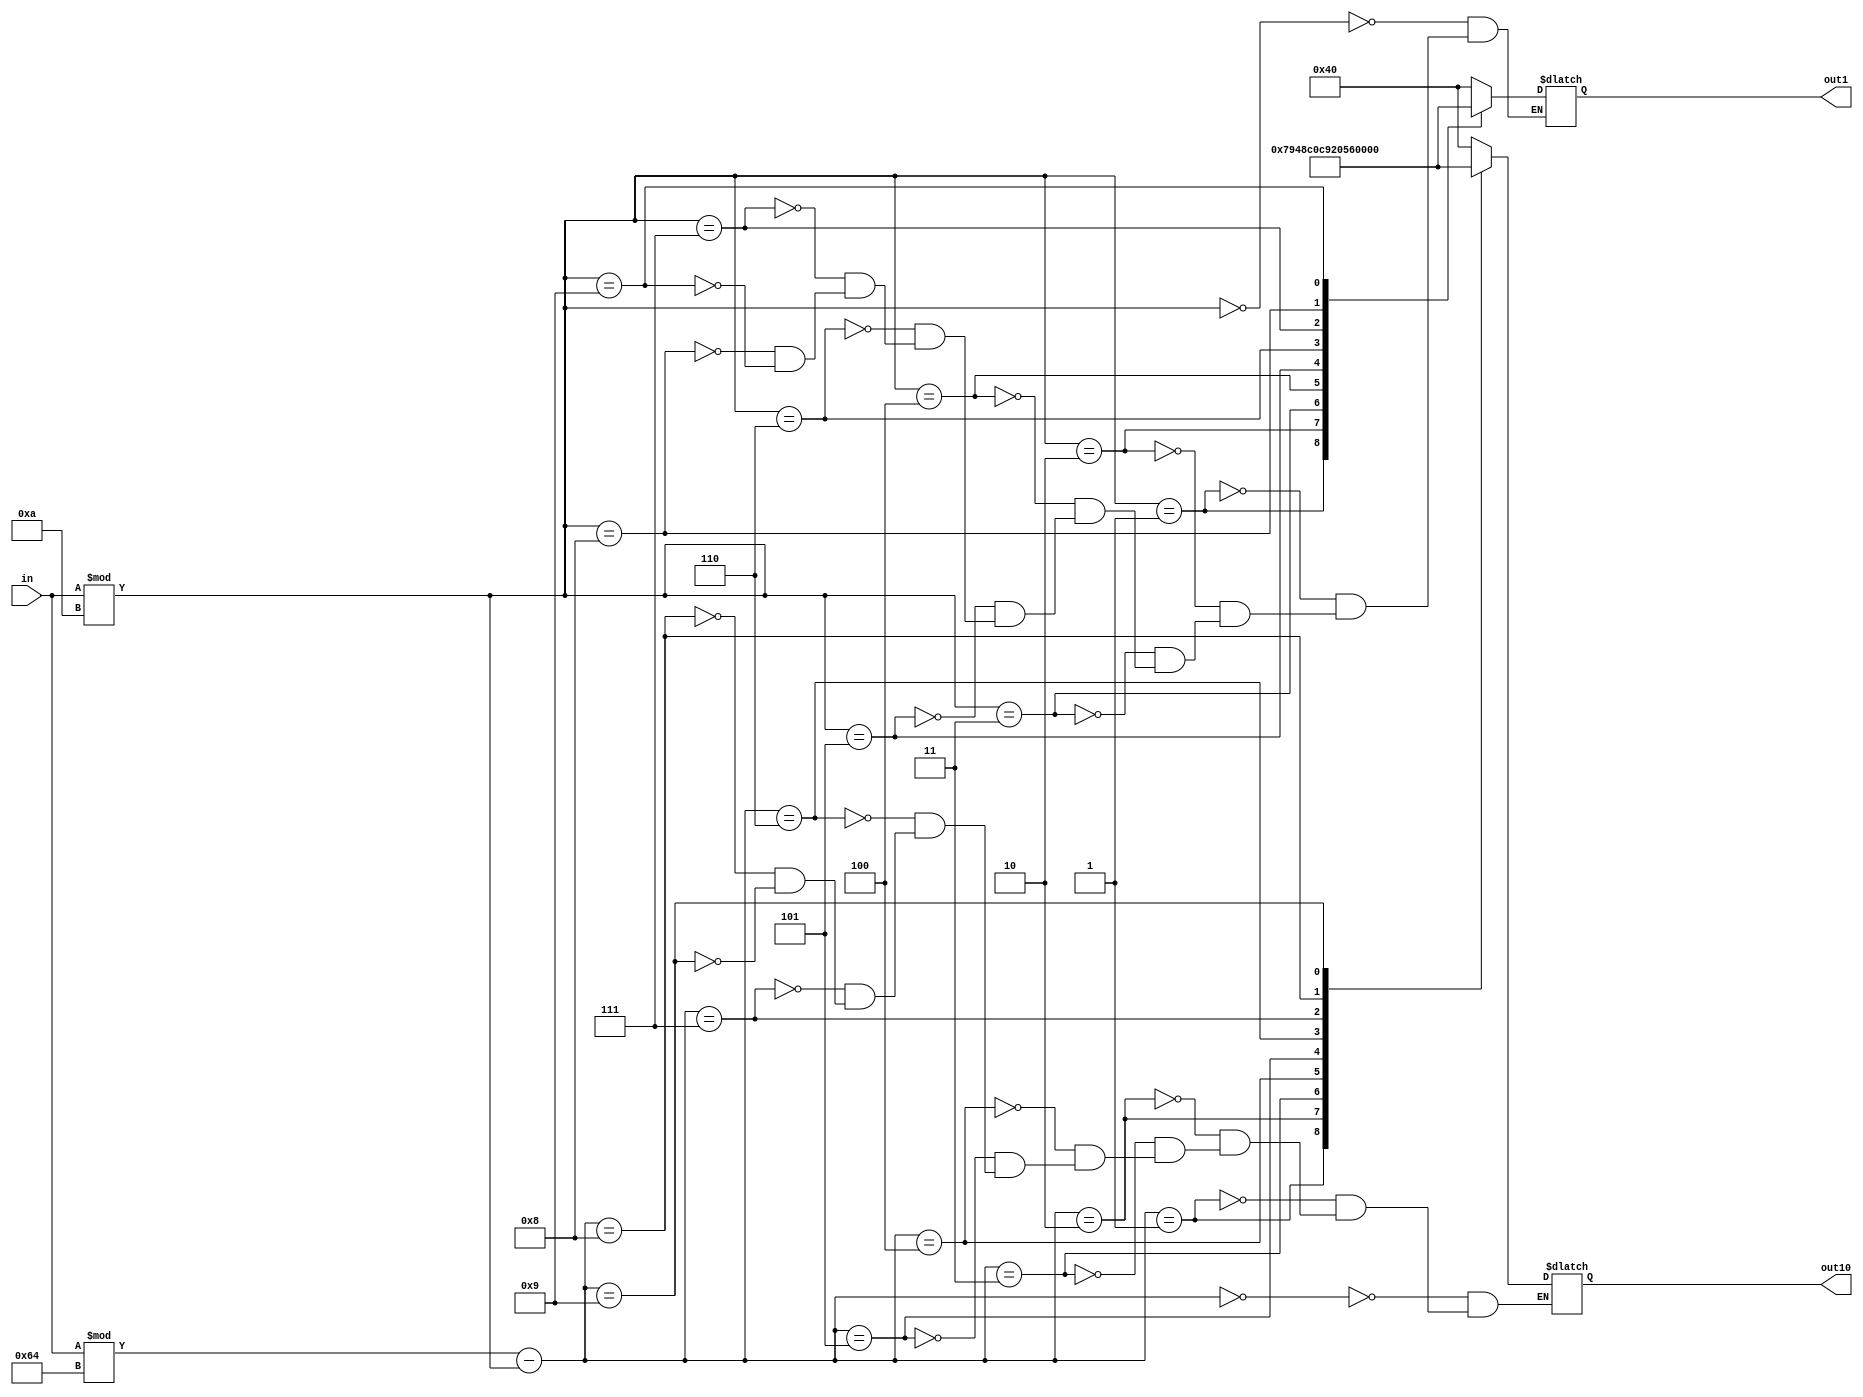
`define TimeExpire 32'd50000000

//display number between 0 to 99
module displayNumber(in,out10,out1);
//input number
input [7:0]in;
//out10 mean 10's, out1 mean 1's
output [6:0]out10;
output [6:0]out1;
reg [6:0]out10;
reg [6:0]out1;

always@(in)
begin
    case(in%100-in%10)
            5'd0: out10=7'b1000000;
            5'd1: out10=7'b1111001;
            5'd2: out10=7'b0100100;
            5'd3: out10=7'b0110000;
            5'd4: out10=7'b0011001;
            5'd5: out10=7'b0010010;
            5'd6: out10=7'b0000010;
            5'd7: out10=7'b1011000;
            5'd8: out10=7'b0000000;
            5'd9: out10=7'b0010000;
    endcase
    case(in%10)
            5'd0: out1=7'b1000000;
            5'd1: out1=7'b1111001;
            5'd2: out1=7'b0100100;
            5'd3: out1=7'b0110000;
            5'd4: out1=7'b0011001;
            5'd5: out1=7'b0010010;
            5'd6: out1=7'b0000010;
            5'd7: out1=7'b1011000;
            5'd8: out1=7'b0000000;
            5'd9: out1=7'b0010000;
    endcase
end
endmodule

module displayLight(in,light);
input [7:0] in;
//display current LED light
output [7:0] light;
reg [7:0] light;

always@(in)
begin
    //display green one
    if(in>=5'd13&&in<=5'd3) light=3'b100;
    //display yellow one
    else light=3'b010;
end
endmodule

module lab11(reset,clk,button,outScore1,outScore10,outSecond1,outSecond10,light);
input reset,clk;
input [7:0]button;
//display need to declear as output and wire
output [6:0]outScore1;
output [6:0]outScore10;

output [6:0]outSecond1;
output [6:0]outSecond10;

output [7:0]light;

wire [6:0]outScore1;
wire [6:0]outScore10;

wire [6:0]outSecond1;
wire [6:0]outSecond10;

wire [7:0]light;

//

//logic counter neeed to declear as reg
reg [31:0]count;
reg [7:0]second;
reg [7:0]score;
reg [7:0]rand;
//
displayNumber DISSECOND (.in(second),.out10(outSecond10),.out1(outSecond1));
displayNumber DISSCORE (.in(score),.out10(outScore10),.out1(outScore1));
displayLight DISLIT (.in(second),.light(light));


always@(posedge clk,negedge reset)
begin
    if(reset)
    begin
        count<=32'd0;
        second<=5'd13;
        rand<={$random} % 60;
    end
    else
    begin
        if(count==`TimeExpire)
        begin
            count<=32'd0;
            if(second==5'd0)
            begin
                second=5'd13;
            end
            else
            begin
                second=second-1'b1;
            end
        end
        else count<=count+32'd1;
    end
end
endmodule